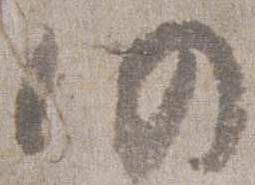
仍